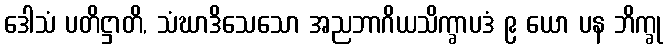
ဒေါသံ ပတိဋ္ဌာတိ, သံဃာဒိသေသော အညဘာဂိယသိက္ခာပဒံ ၉ ယော ပန ဘိက္ခု